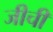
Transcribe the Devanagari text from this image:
जीची